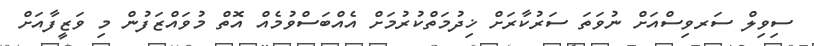
ސިވިލް ސަރވިސްއަށް ނުވަތަ ސަރުކާރަށް ޚިދުމަތްކުރުމަށް އެއްބަސްވުމެއް އޮތް މުވައްޒަފުން މި ވަޒީފާއަށް